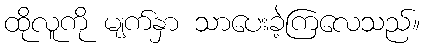
ထိုလူကို မျက်နှာ သာပေးခဲ့ကြလေသည်။